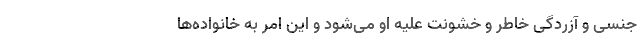
جنسی و آزردگی خاطر و خشونت علیه او می‌شود و این امر به خانواده‌ها